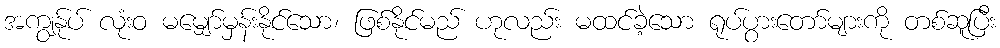
အကျွန်ုပ် လုံးဝ မမျှော်မှန်းနိုင်သော၊ ဖြစ်နိုင်မည် ဟုလည်း မထင်ခဲ့သော ရုပ်ပွားတော်များကို တစ်ဆူပြီး